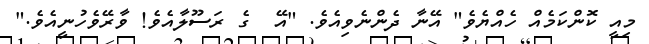
މިއީ ކޮންކަމެއް ހެއްޔެވެ" އޭނާ ދެންނެވިއެވެ. "އޭ  ގެ ރަސޫލާއެވެ! ވާރޭވެހުނީއެވެ."